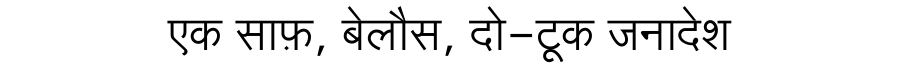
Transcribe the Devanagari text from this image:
एक साफ़, बेलौस, दो-टूक जनादेश